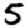
Digit: 5